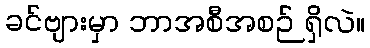
ခင်ဗျားမှာ ဘာအစီအစဉ် ရှိလဲ။